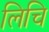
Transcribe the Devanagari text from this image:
लिचि